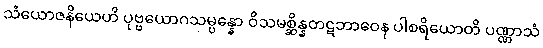
သံယောဇနိယေဟိ ပုဗ္ဗယောဂသမ္ပန္နော ဝိသမစ္ဆိန္နတဋဘာဝေန ပါစရိယောတိ ပဏ္ဏာသံ